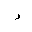
Letter: _ra